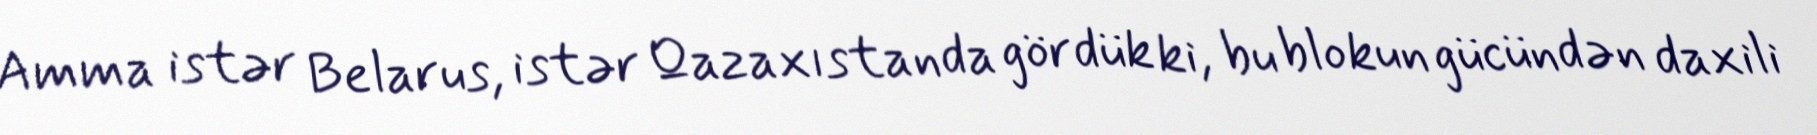
Amma istər Belarus, istər Qazaxıstanda gördük ki, bu blokun gücündən daxili